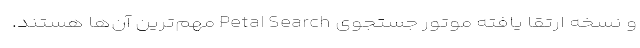
و نسخه ارتقا یافته موتور جستجوی Petal Search مهم‌ترین آن‌ها هستند.